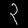
Digit: ၃